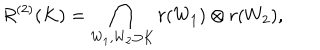
R ^ { ( 2 ) } ( K ) = \bigcap _ { W _ { 1 } , W _ { 2 } \supset K } r ( W _ { 1 } ) \otimes r ( W _ { 2 } ) ,